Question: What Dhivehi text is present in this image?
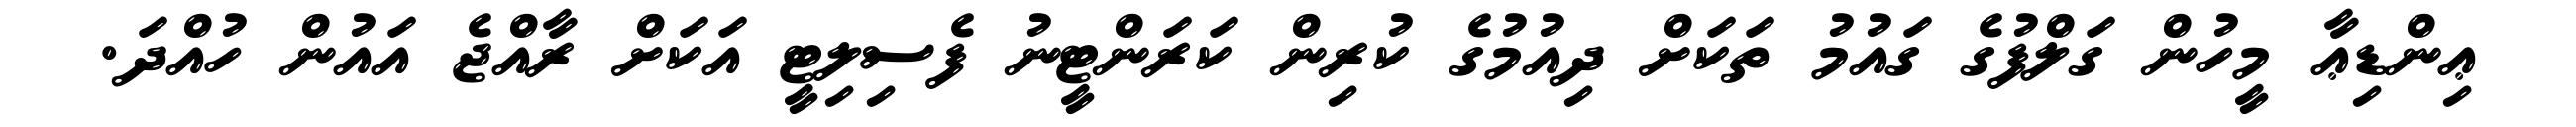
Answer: ޢިންޑިޢާ މީހުން ގަލްފުގެ ގައުމު ތަކަށް ދިއުމުގެ ކުރިން ކަރަންޓީނު ފެސިލިޓީ އަކަށް ރާއްޖެ އައުން ހުއްދަ.